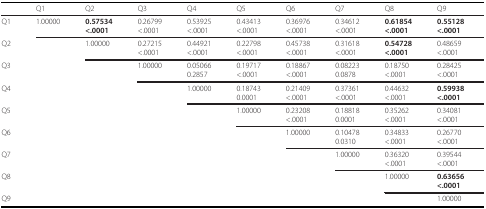
|  | Q1 | Q2 | Q3 | Q4 | Q5 | Q6 | Q7 | Q8 | Q9 |
 | --- | --- | --- | --- | --- | --- | --- | --- | --- | --- |
 | Q1 | 1.00000 | 0.57534<.0001 | 0.26799<.0001 | 0.53925<.0001 | 0.43413<.0001 | 0.36976<.0001 | 0.34612<.0001 | 0.61854<.0001 | 0.55128<.0001 |
 | Q2 |  | 1.00000 | 0.27215<.0001 | 0.44921<.0001 | 0.22798<.0001 | 0.45738<.0001 | 0.31618<.0001 | 0.54728<.0001 | 0.48659<.0001 |
 | <COLSPAN=3> Q3 | 1.00000 | 0.050660.2857 | 0.19717<.0001 | 0.18867<.0001 | 0.082230.0878 | 0.18750<.0001 | 0.28425<.0001 |
 | <COLSPAN=4> Q4 | 1.00000 | 0.187430.0001 | 0.21409<.0001 | 0.37361<.0001 | 0.44632<.0001 | 0.59938<.0001 |
 | <COLSPAN=5> Q5 | 1.00000 | 0.23208<.0001 | 0.188180.0001 | 0.35262<.0001 | 0.34081<.0001 |
 | <COLSPAN=6> Q6 | 1.00000 | 0.104780.0310 | 0.34833<.0001 | 0.26770<.0001 |
 | <COLSPAN=6> Q7 |  | 1.00000 | 0.36320<.0001 | 0.39544<.0001 |
 | <COLSPAN=6> Q8 |  |  | 1.00000 | 0.63656<.0001 |
 | <COLSPAN=6> Q9 |  |  |  | 1.00000 |